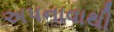
અપનાવાથી